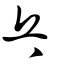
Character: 乓